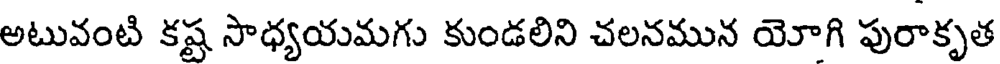
అటువంటి కష్ట సాధ్యయమగు కుండలిని చలనమున యోగి పురాకృత